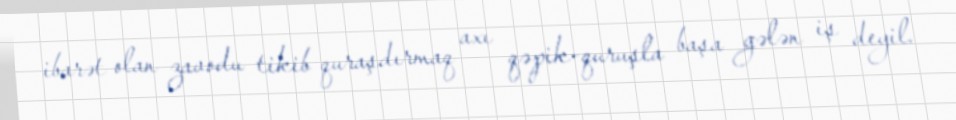
ibarət olan zavodu tikib quraşdırmaq axı qəpik-quruşla başa gələn iş deyil.